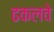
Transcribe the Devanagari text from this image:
ढकलवे